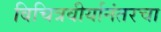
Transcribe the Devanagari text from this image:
विचित्रवीर्यानंतरचा